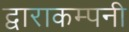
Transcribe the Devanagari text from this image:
द्वाराकम्‍पनी